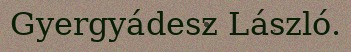
Gyergyádesz László.